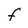
Character: F